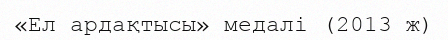
«Ел ардақтысы» медалі (2013 ж)